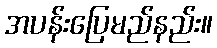
အပန်းပြေမည်နည်း။